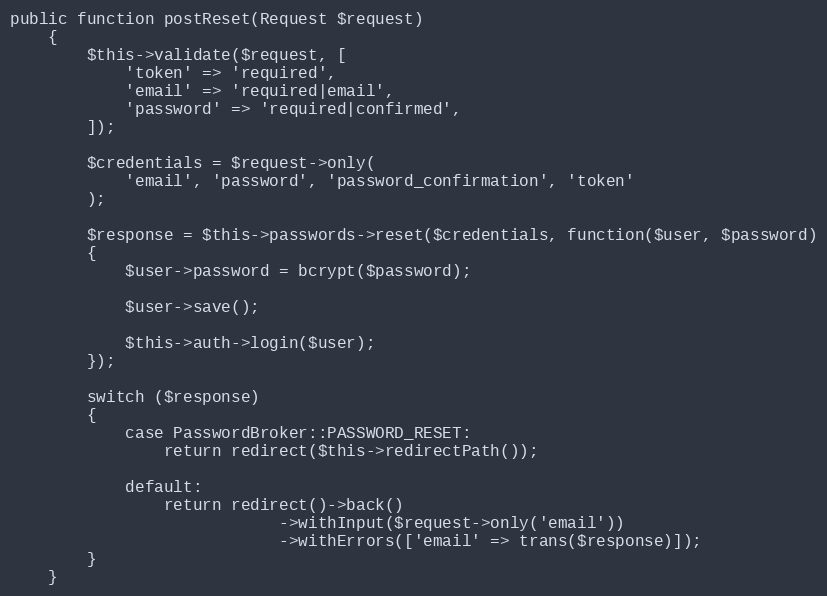
Language: PHP
public function postReset(Request $request)
	{
		$this->validate($request, [
			'token' => 'required',
			'email' => 'required|email',
			'password' => 'required|confirmed',
		]);

		$credentials = $request->only(
			'email', 'password', 'password_confirmation', 'token'
		);

		$response = $this->passwords->reset($credentials, function($user, $password)
		{
			$user->password = bcrypt($password);

			$user->save();

			$this->auth->login($user);
		});

		switch ($response)
		{
			case PasswordBroker::PASSWORD_RESET:
				return redirect($this->redirectPath());

			default:
				return redirect()->back()
							->withInput($request->only('email'))
							->withErrors(['email' => trans($response)]);
		}
	}